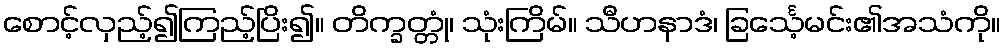
စောင့်လှည့်၍ကြည့်ပြိး၍။ တိက္ခတ္တုံ၊ သုံးကြိမ်။ သီဟနာဒံ၊ ခြင်္သေ့မင်း၏အသံကို။